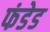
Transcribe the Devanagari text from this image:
फंडेड